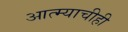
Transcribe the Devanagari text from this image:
आत्म्याचीही